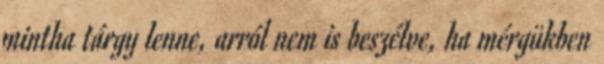
mintha tárgy lenne, arról nem is beszélve, ha mérgükben